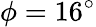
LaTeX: \phi=16^{\circ}